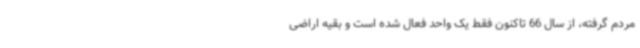
مردم گرفته، از سال 66 تاکنون فقط یک واحد فعال شده است و بقیه اراضی